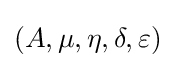
(A,\mu ,\eta ,\delta ,\varepsilon )